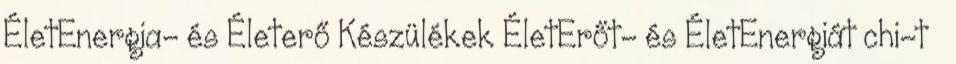
ÉletEnergia- és Életerő Készülékek ÉletErőt- és ÉletEnergiát chi-t